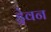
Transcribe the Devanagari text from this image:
ड्रेवन